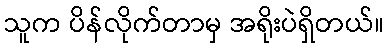
သူက ပိန်လိုက်တာမှ အရိုးပဲရှိတယ်။